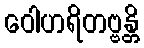
ဝေါဟရိတဗ္ဗန္တိ